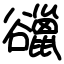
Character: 䜲